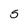
Character: 5